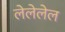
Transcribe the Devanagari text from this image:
लेलेलेल